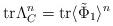
LaTeX: \begin{align*}\makebox{tr} \Lambda_{C}^n = \makebox{tr} \langle \tilde{\Phi}_1 \rangle^n\end{align*}